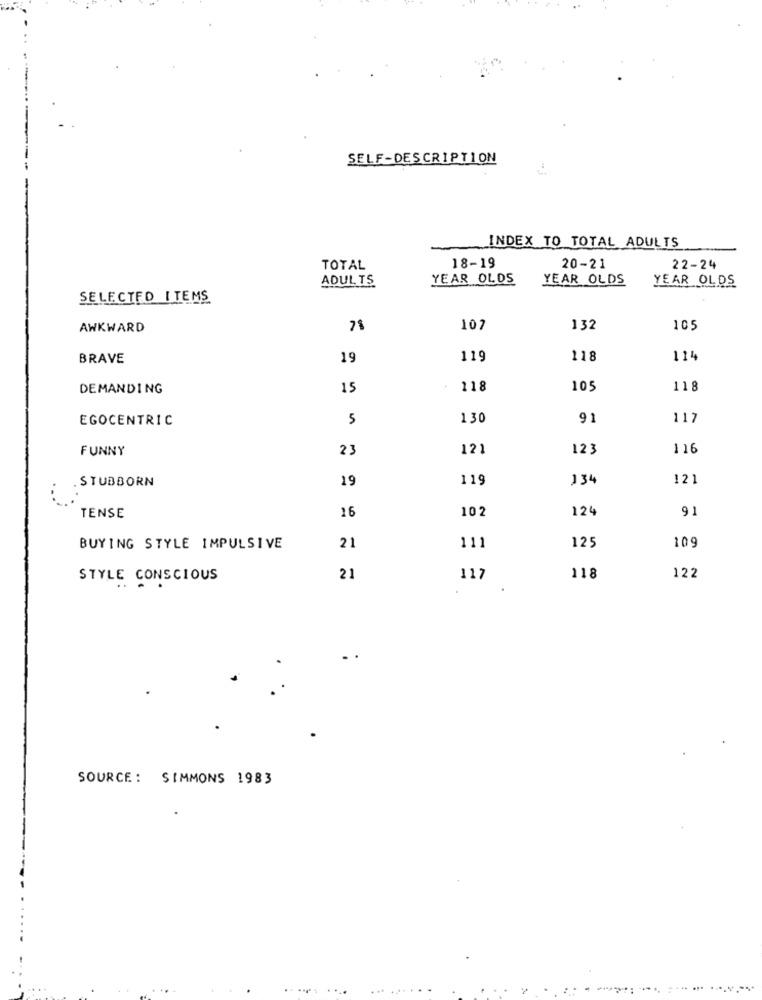
SELF-DESCRIPTION
INDEX TO TOTAL ADULTS
18-19
TOTAL
20-21
22-24
ADULTS
YEAR OLDS
YEAR OLDS
YEAR OLDS
SELECTED ITEMS
AWKWARD
107
132
105
BRAVE
19
119
118
114
DEMANDING
15
118
105
118
EGOCENTRIC
5
130
91
117
FUNNY
23
121
123
116
. STUBBORN
19
119
134
121
16
102
124
91
TENSE
109
BUYING STYLE IMPULSIVE
21
111
125
STYLE CONSCIOUS
21
117
118
122
SOURCE: SIMMONS 1983
... ......
. ..